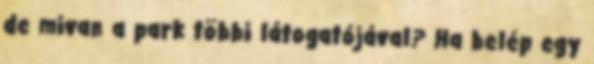
de mivan a park többi látogatójával? Ha belép egy